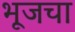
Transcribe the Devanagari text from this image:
भूजचा